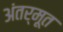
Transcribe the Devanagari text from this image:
अंतर्मूत